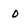
Character: 0